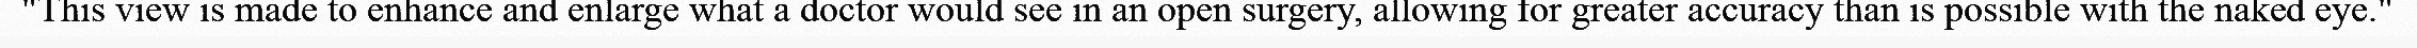
"This view is made to enhance and enlarge what a doctor would see in an open surgery, allowing for greater accuracy than is possible with the naked eye."